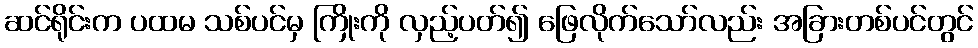
ဆင်ရိုင်းက ပထမ သစ်ပင်မှ ကြိုးကို လှည့်ပတ်၍ ဖြေလိုက်သော်လည်း အခြားတစ်ပင်တွင်